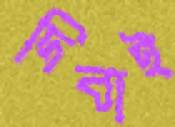
দিবাই